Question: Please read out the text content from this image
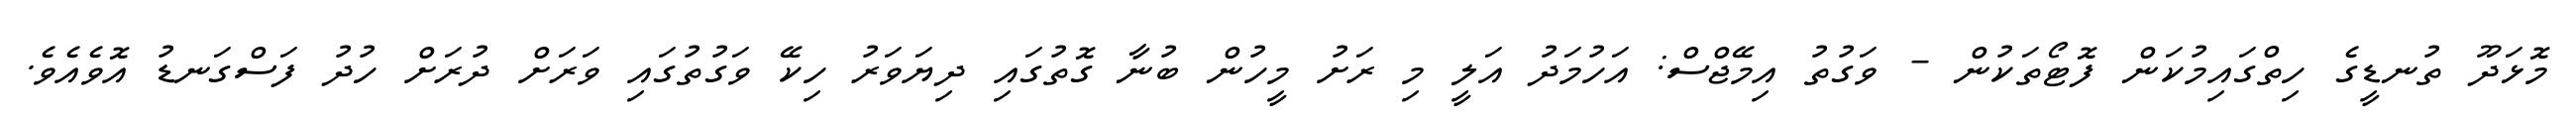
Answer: މޮޅަދޫ ތުނޑީގެ ހިތްގައިމުކަން ފޮޓޯތަކުން - ވަގުތު އިމޭޖްސް: އަހުމަދު އަލީ މި ރަށު މީހުން ބުނާ ގޮތުގައި ދިޔަވަރު ހިކޭ ވަގުތުގައި ވަރަށް ދުރަށް ހުދު ފަސްގަނޑު އޮވެއެވެ.